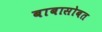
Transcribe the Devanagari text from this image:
बाबासोबत